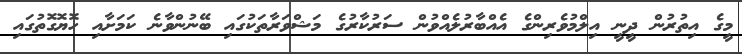
މީގެ އިތުރުން ދީނީ އިލްމުވެރިންގެ އެއްބާރުލެއްވުން ސަރުކާރުގެ މަޝްވަރާތަކުގައި ބޭނުންވާނެ ކަމަށާއި ހޮޔޮގޮތުގައި